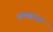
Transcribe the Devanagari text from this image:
अलग़रज़